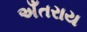
અઁતરાય